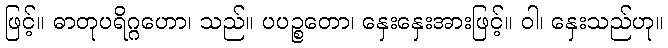
ဖြင့်။ ဓာတုပရိဂ္ဂဟော၊ သည်။ ပပဉ္စတော၊ နှေးနှေးအားဖြင့်။ ဝါ၊ နှေးသည်ဟု။